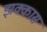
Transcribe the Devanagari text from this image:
झक्कास